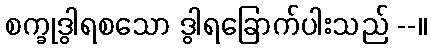
စက္ခုဒွါရစသော ဒွါရခြောက်ပါးသည် --။